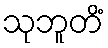
သုဘူတိံ